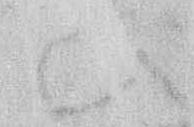
ひ